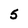
Character: 5